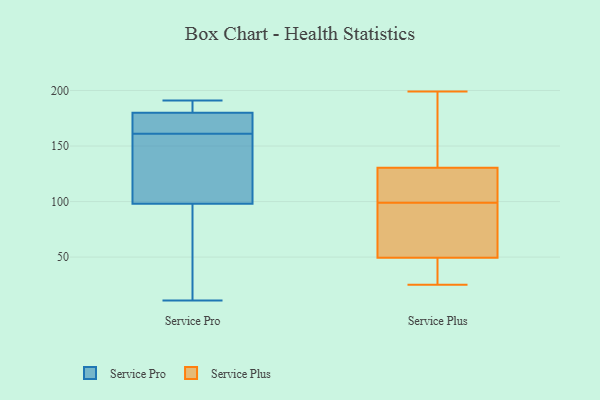
{"axis": {"x": "Churn Rate (%)", "y": "Value"}, "legend": ["Service Plus", "Service Pro"], "data": [{"x": "", "y": 94, "type": "Service Pro"}, {"x": "", "y": 180, "type": "Service Pro"}, {"x": "", "y": 157, "type": "Service Pro"}, {"x": "", "y": 11, "type": "Service Pro"}, {"x": "", "y": 184, "type": "Service Pro"}, {"x": "", "y": 180, "type": "Service Pro"}, {"x": "", "y": 165, "type": "Service Pro"}, {"x": "", "y": 191, "type": "Service Pro"}, {"x": "", "y": 99, "type": "Service Pro"}, {"x": "", "y": 98, "type": "Service Pro"}, {"x": "", "y": 44, "type": "Service Plus"}, {"x": "", "y": 97, "type": "Service Plus"}, {"x": "", "y": 50, "type": "Service Plus"}, {"x": "", "y": 106, "type": "Service Plus"}, {"x": "", "y": 25, "type": "Service Plus"}, {"x": "", "y": 117, "type": "Service Plus"}, {"x": "", "y": 34, "type": "Service Plus"}, {"x": "", "y": 49, "type": "Service Plus"}, {"x": "", "y": 107, "type": "Service Plus"}, {"x": "", "y": 101, "type": "Service Plus"}, {"x": "", "y": 199, "type": "Service Plus"}, {"x": "", "y": 144, "type": "Service Plus"}, {"x": "", "y": 181, "type": "Service Plus"}, {"x": "", "y": 182, "type": "Service Plus"}, {"x": "", "y": 84, "type": "Service Plus"}, {"x": "", "y": 74, "type": "Service Plus"}]}